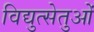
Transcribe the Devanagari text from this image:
विद्युत्सेतुओं